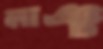
লাঞ্চ